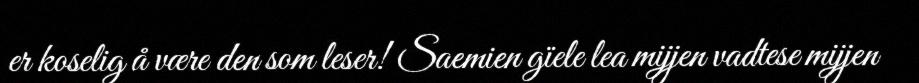
er koselig å være den som leser! Saemien gïele lea mijjen vadtese mijjen